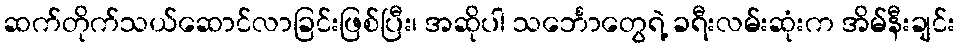
ဆက်တိုက်သယ်ဆောင်လာခြင်းဖြစ်ပြီး၊ အဆိုပါ သင်္ဘောတွေရဲ့ ခရီးလမ်းဆုံးက အိမ်နီးချင်း